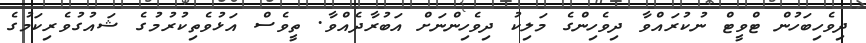
ދިވެހިބަހުން ޓްވީޓް ނުކުރައްވާ ދިވެހިންގެ މަލިކު ދިވެހިންނަށް އަބުރާދެއްވާ. ތީވެސް އަޅުވެތިކުރުމުގެ ޝައުގުވެރިކަމުގެ